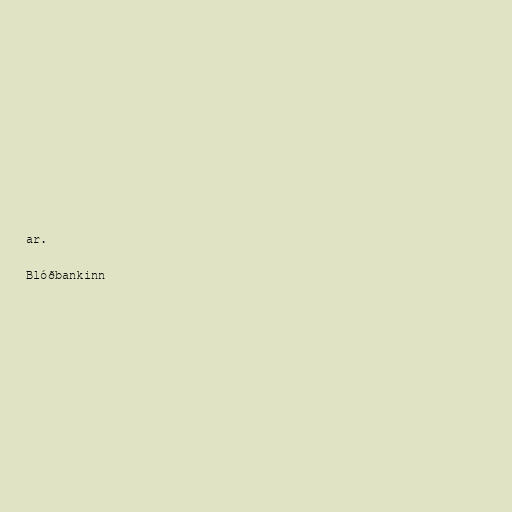
ar.

Blóðbankinn